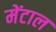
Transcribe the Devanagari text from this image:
मेंटाल